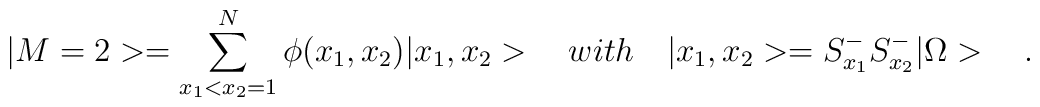
|M=2>=\sum_{x_{1}<x_{2}=1}^{N}\phi(x_{1},x_{2})|x_{1},x_{2}>\quad with \quad |x_{1},x_{2}>=S_{x_{1}}^{-}S_{x_{2}}^{-}|\Omega>\quad .